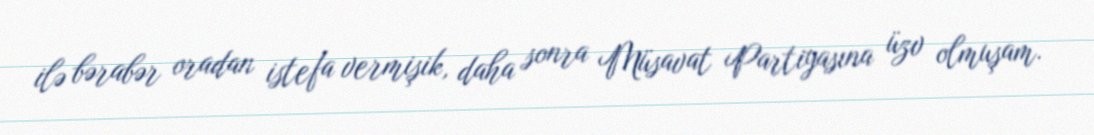
ilə bərabər oradan istefa vermişik, daha sonra Müsavat Partiyasına üzv olmuşam.